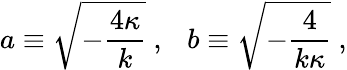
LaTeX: a\equiv\sqrt{-{\frac{4\kappa}{k}}}\ ,\ \ \ b\equiv\sqrt{-{\frac{4}{k\kappa}}}\ ,